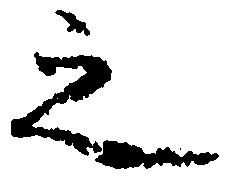
之